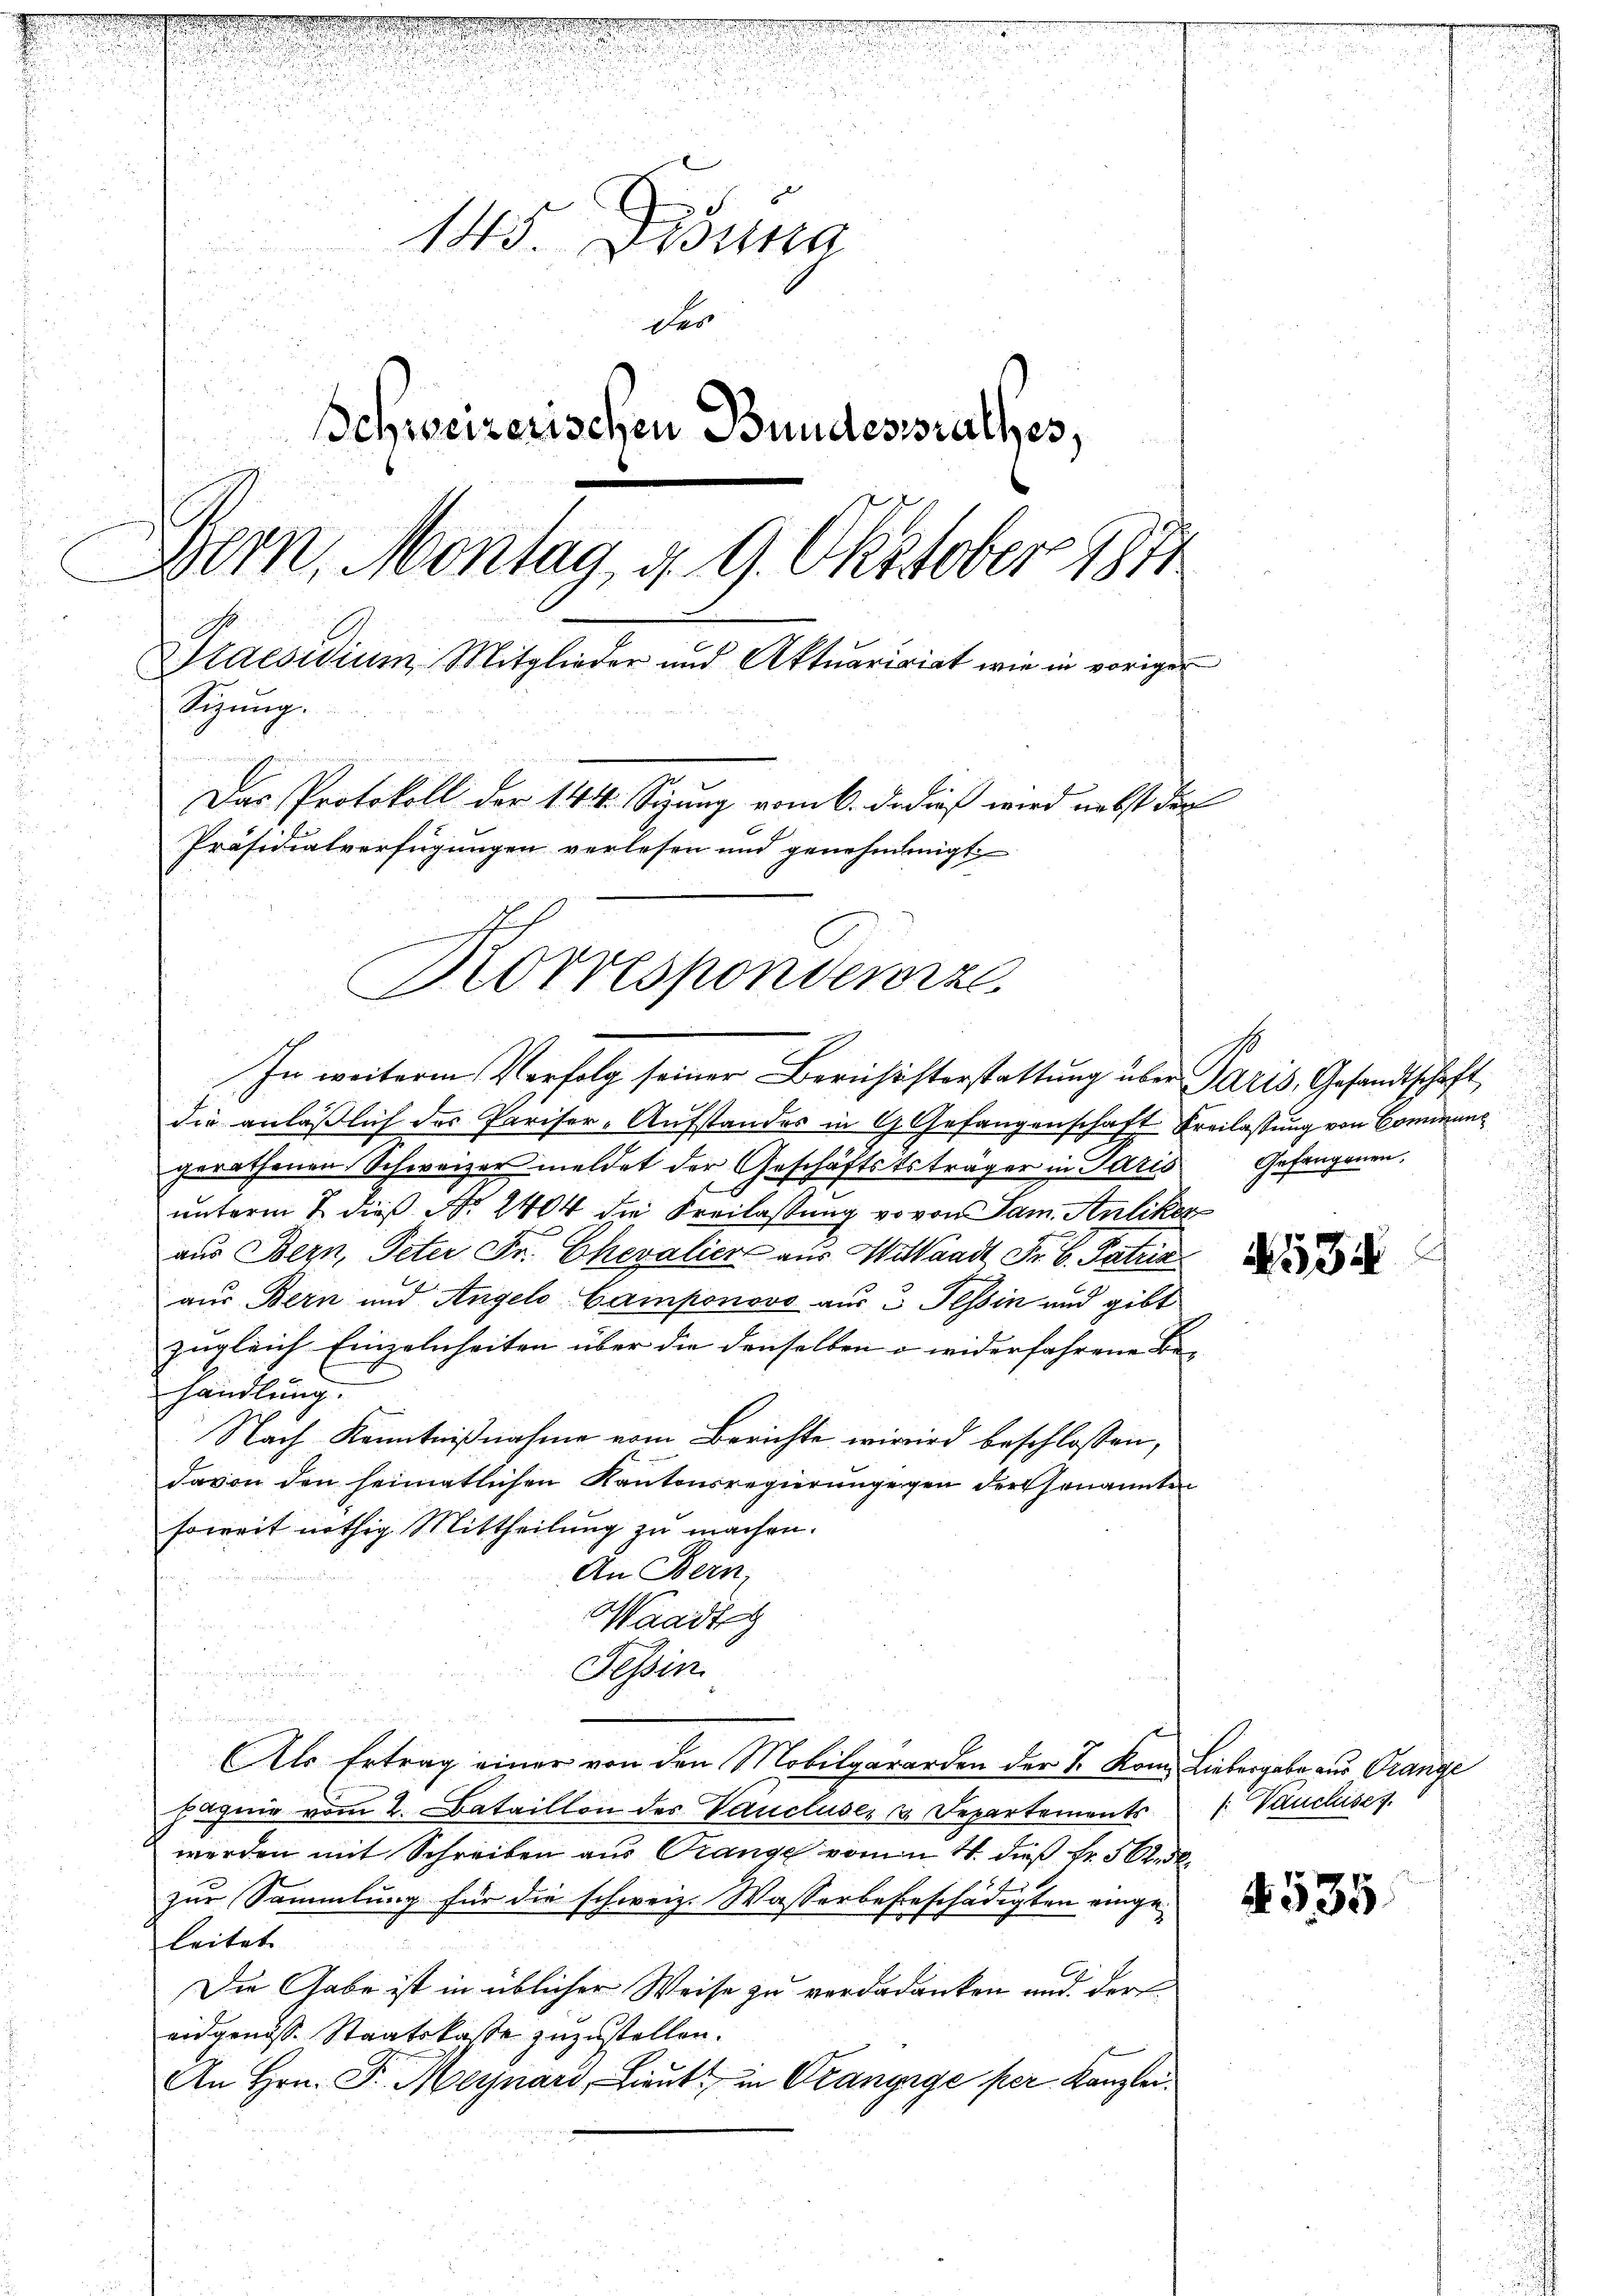
gnetenten der
uch diesen
9

n

n
d

u
.
u
e
145. Dibuna
des
Schweizerischen Bundesrathes,
Bern, Montag, d. 9. Oktober 1874
Praesidium Mitglieder und Aktuaririat wie in vorigen
Sizung.
2
Das Protokoll der 144. Sizung vom 6. dedieß wird nebst der
Präsidialverfügungen verlesen und genehmigt.

Korresponderze

In weitere Verfolg seiner Berichisterstattung über Paris, Gesandtschaft
die anläßlich des Pariser-Aufstandes in G. Gefangenschaft Freilassung von Commung
gerathenen Schweizer meldet der Geschäftststräger in Paris Gefangenen,
unterm 2. dieß No. 2404 die Freilassung vo von Sam. Antiker
aus Bern, Peter Fr. Chevalier aus Wittaadt Fr. 6. Patrik
aus Bern und Angelo-Gamponovo aus 3 Tessin und gibt
zugleich Einzelnheiten über die denselben u widerfahrene Behandlung.
Nach Kenntnißnahme vom Berichte wir wird beschlossen,
davon den heimatlichen Kantonsregierungegen der Genannten
soweit nöthig Mittheilung zu machen.
An Bern,
Waadt
Tessin
un
Als Ertrag einer von den Mobilgararden der I. Kon. Liebergabe aus Prange
Jagnie vom 2. Bataillon des Vaucluser u. Departements
werden mit Schreiben aus Orange vom n 4. dieß Fr. 5 Art.
zur Sammlung für die schweiz. Wasserbebeschädigten eingei
leitet. |
Die Gabe ist in üblicher Weise zu verdadanken und der
eidgenöss. Staatskasse zuzustellen.
An Hrn. F. Meynard, Lieut. in Orangige per Kanzlei

534

§535

: Vanchises.